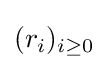
(r_{i})_{i\geq 0}